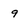
Character: 9